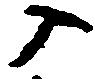
入